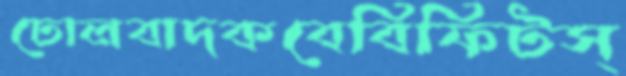
ঢোলবাদকবেবিফিটস্